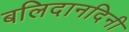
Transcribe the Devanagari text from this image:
बलिदानदिनी